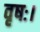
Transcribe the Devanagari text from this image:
वृषः।